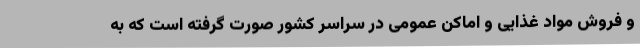
و فروش مواد غذایی و اماکن عمومی در سراسر کشور صورت گرفته است که به